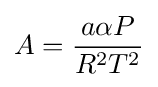
A={\frac {a\alpha P}{R^{2}T^{2}}}